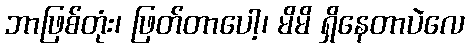
ဘာဖြစ်တုံး၊ ဖြတ်တာပေါ့၊ မိမိ ရှိနေတာပဲလေ